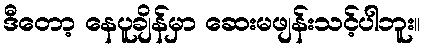
ဒီတော့ နေပူချိန်မှာ ဆေးမဖျန်းသင့်ပါဘူး။